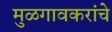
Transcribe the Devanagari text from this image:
मुळगावकरांचे